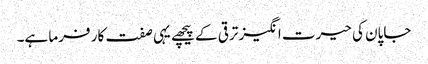
جاپان کی حیرت انگیز ترقی کے پیچھے یہی صفت کار فرما ہے۔